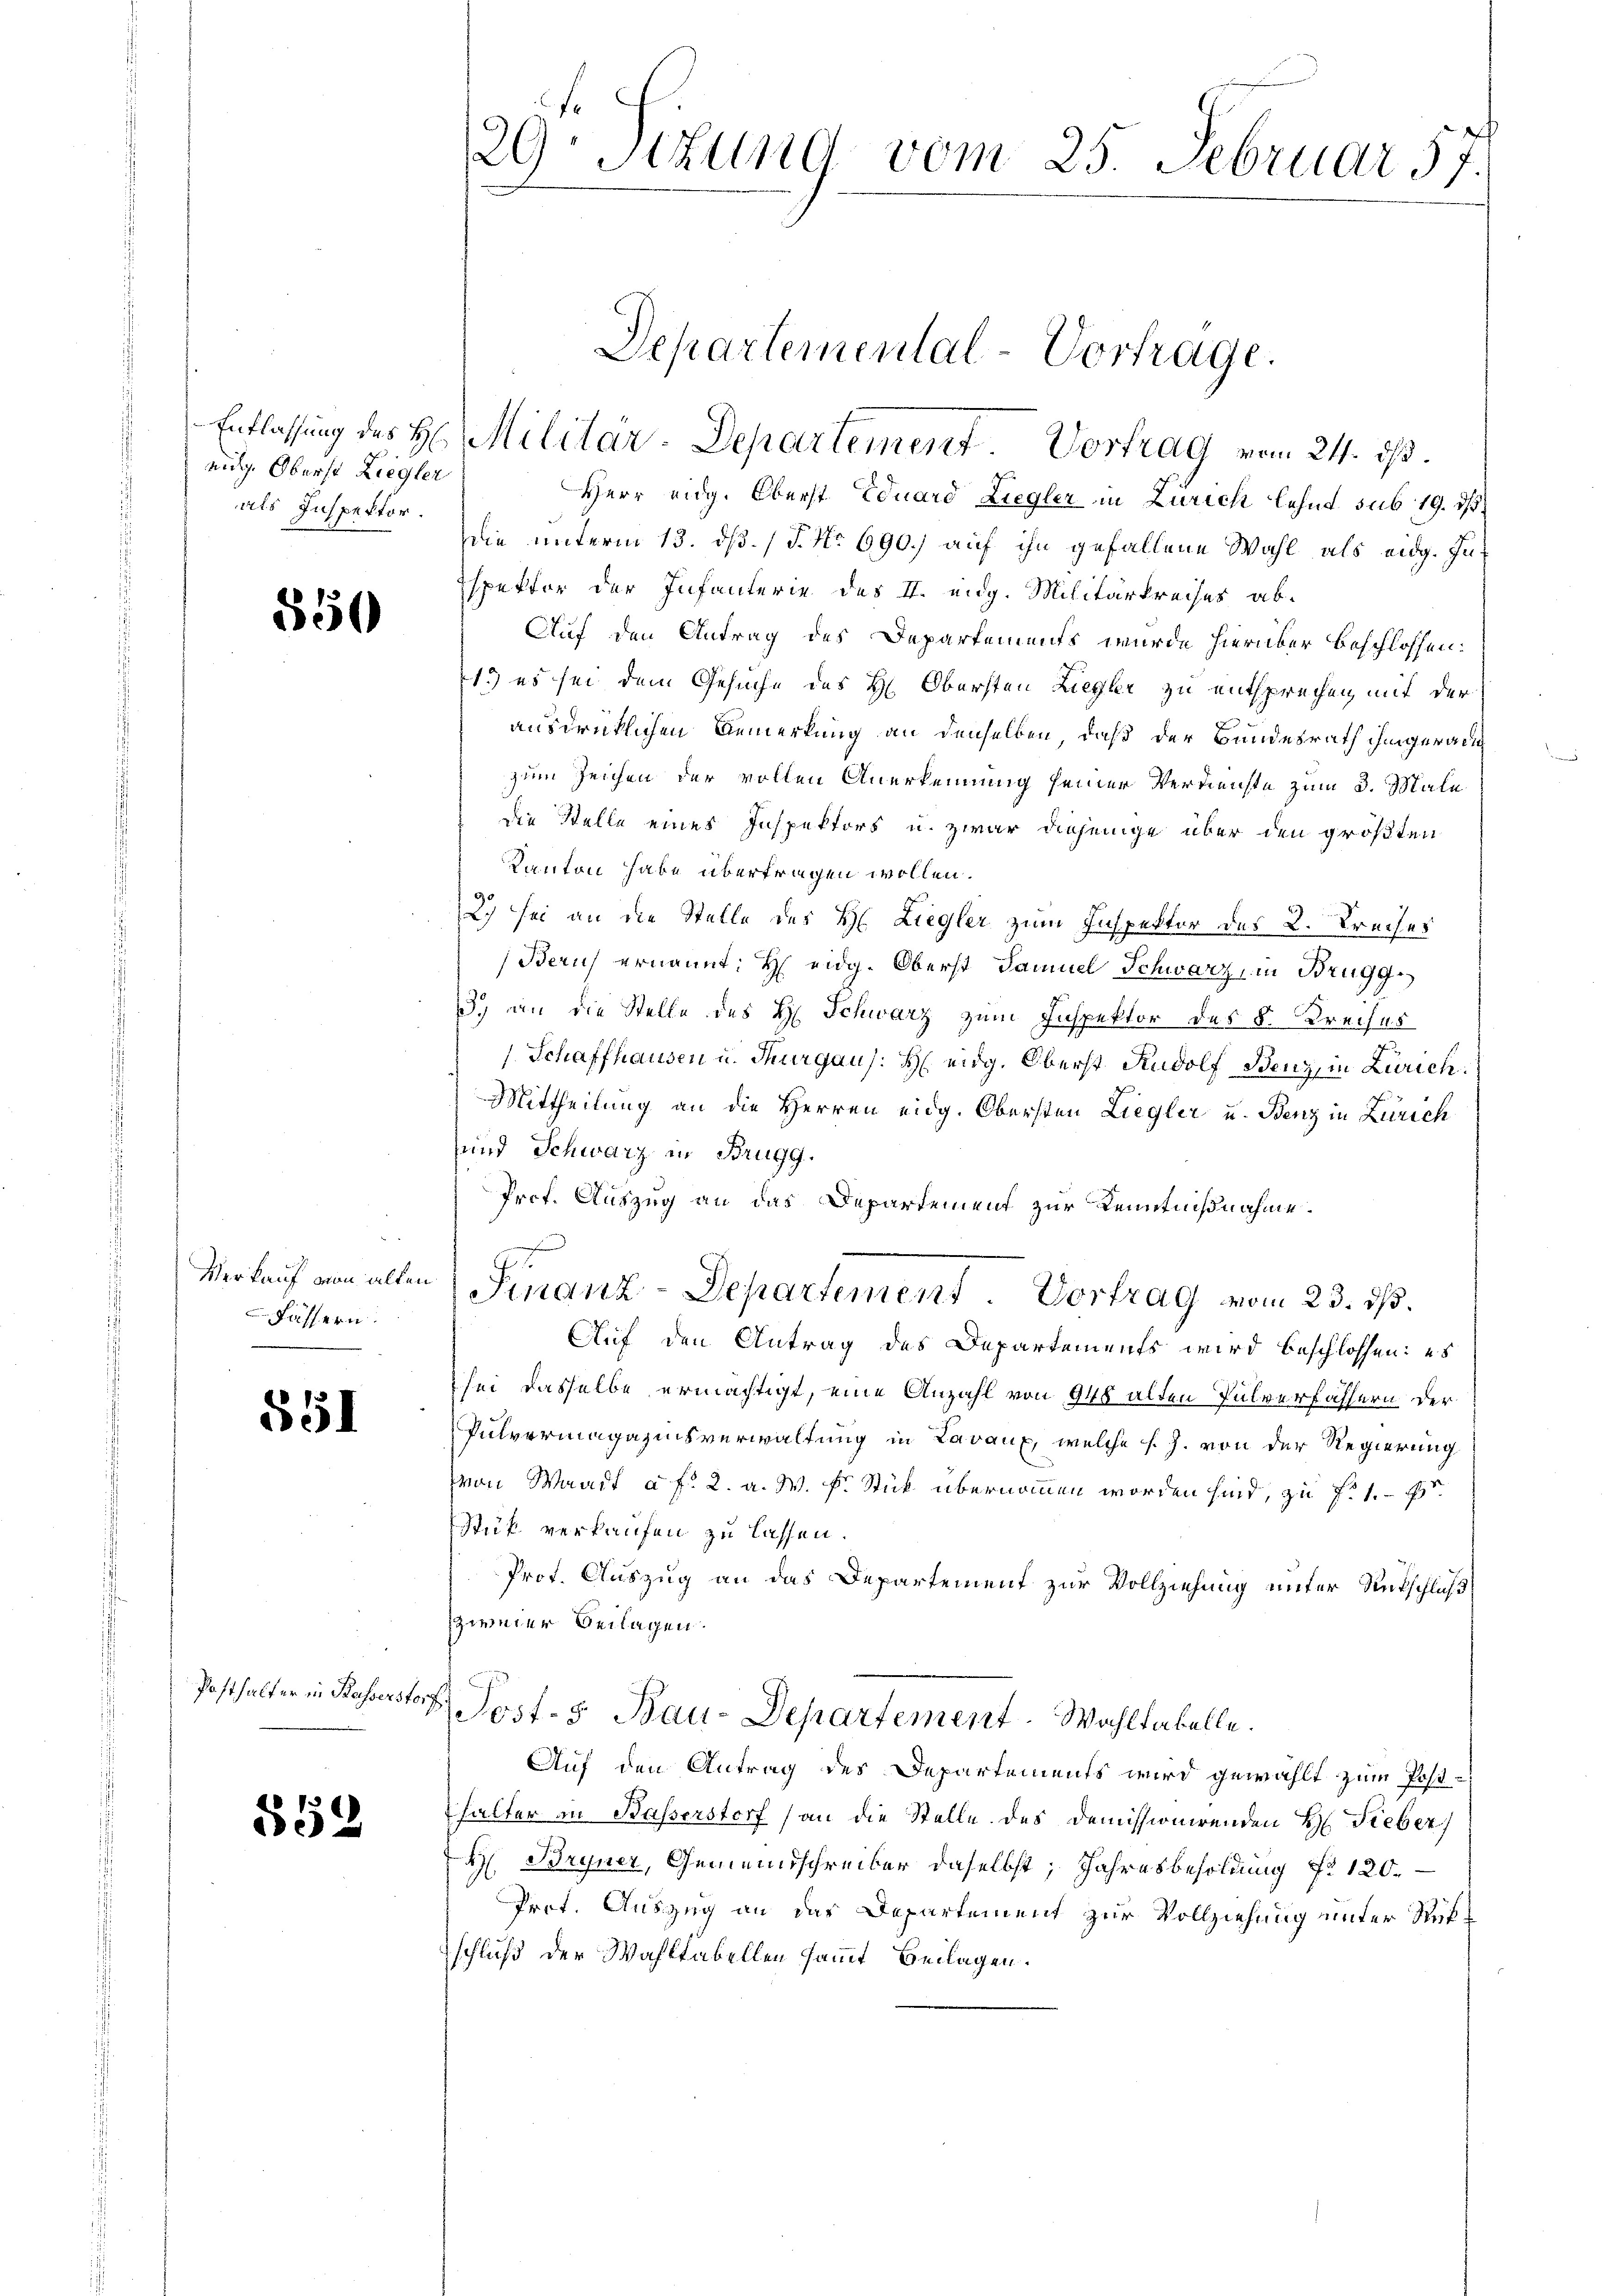
eidg. Oberst Ziegler
als Inspektor.

350

Verkauf von alten
Fässern:

551

852

29 Stzung vom 25. Februar 57.

Departemental-Vortrage.
Entlassung des H. Militär-Departement Vortrag vom 24. ds.

Herr Eidg. Oberst Eduard Liegler in Zürich lehnt sub 19. ds.
Die unterm 13. dß. / P. No 690.) auf ihn gefallene Wahl als eidg. Inspektor der Infanterie des II. eidg. Militärkreises ab¬
Auf den Antrag des Departements wurde hierüber beschlossen:
1.) es sei dem Gesuche des H: Obersten Liegler zu entsprechen mit der
ausdrücklichen Bemerkung an denselben, daß der Bundesrath ihm gerad
zum Zeichen der vollen Anerkennung seiner Verdienste zum 3. Male
die Stelle eines Inspektors u. zwar diejenige über den größten
Kanton habe übertragen wollen.
2) sei an die Stelle des H. Liegler zum Inspektor des 2. Kreises
Beruf ernannt: H eidg. Oberst Samuel Schwarz, in Brugg
.) an die Stelle des H. Schwarz zum Inspektor des §. Kreises
Schaffhausen u. Thurgaus: H. eidg. Oberst Rudolf Benz, in Zürich.
Mittheilung an die Herren eidg. Obersten Liegler u. Benz in Zürich
und Schwarz in Brugg.
Prof. Auszug an das Departement zur Kenntnißnahme.
Finanz-Departement Vortrag vom 23. ds.
Auf den Antrag des Departements wird beschlossen: es
sei dasselbe ermächtigt, eine Anzahl von 948 alten Pulverfassern der
Pulvermagazinsverwaltung in Lavaux, welche s. Z. von der Regierung
von Waadt a. f. 2. a. W. F. Stick übernommen worden sind, zu f. 1.
Stük verkaufen zu lassen.
Prof. Auszug an das Departement zur Vollziehung unter Rutschluß
zweier Beilagen.
Posthalter in Kasserstorf Post- 5. Bau-Departement. Wahltabelle.
Auf den Antrag des Departements wird gewählt zum Post-
halter in Basserstorf (an die Stelle des Demissionirenden H. Fieber
H Bryner, Gemeindschreiber daselbst, Jahresbesoldung Nr 120.
Prot. Auszug an das Departement zur Vollziehung unter Rütschluß der Wahltabellen sammt Beilagen.